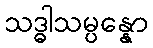
သဒ္ဓါသမ္ပန္နော